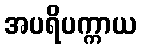
အပရိပက္ကာယ